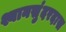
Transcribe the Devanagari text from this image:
श्यानसुंदरदास